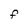
Character: F